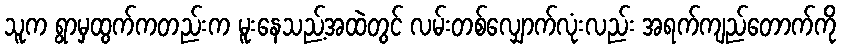
သူက ရွာမှထွက်ကတည်းက မူးနေသည့်အထဲတွင် လမ်းတစ်လျှောက်လုံးလည်း အရက်ကျည်တောက်ကို